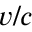
\scriptstyle { v / c }